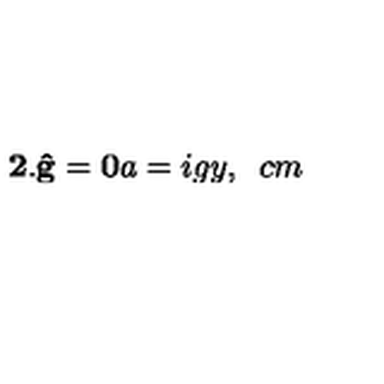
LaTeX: \mathbf { 2 . \hat { g } = 0 } a = i g y , \hspace { 5 c m }